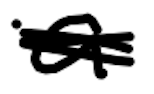
Text: a
Cross-out: scratch
Writing tool: digital_black